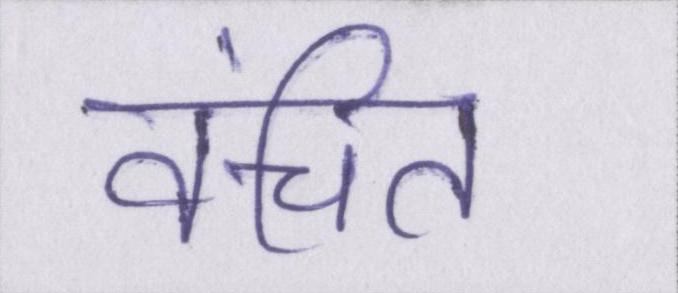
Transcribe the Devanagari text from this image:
वंचित